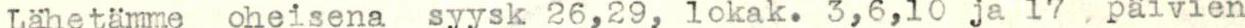
Lähetämme oheisena syysk 26,29, lokak. 3,6,10 ja 17. päivien